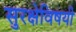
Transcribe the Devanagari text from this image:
सुरक्षेविषयी